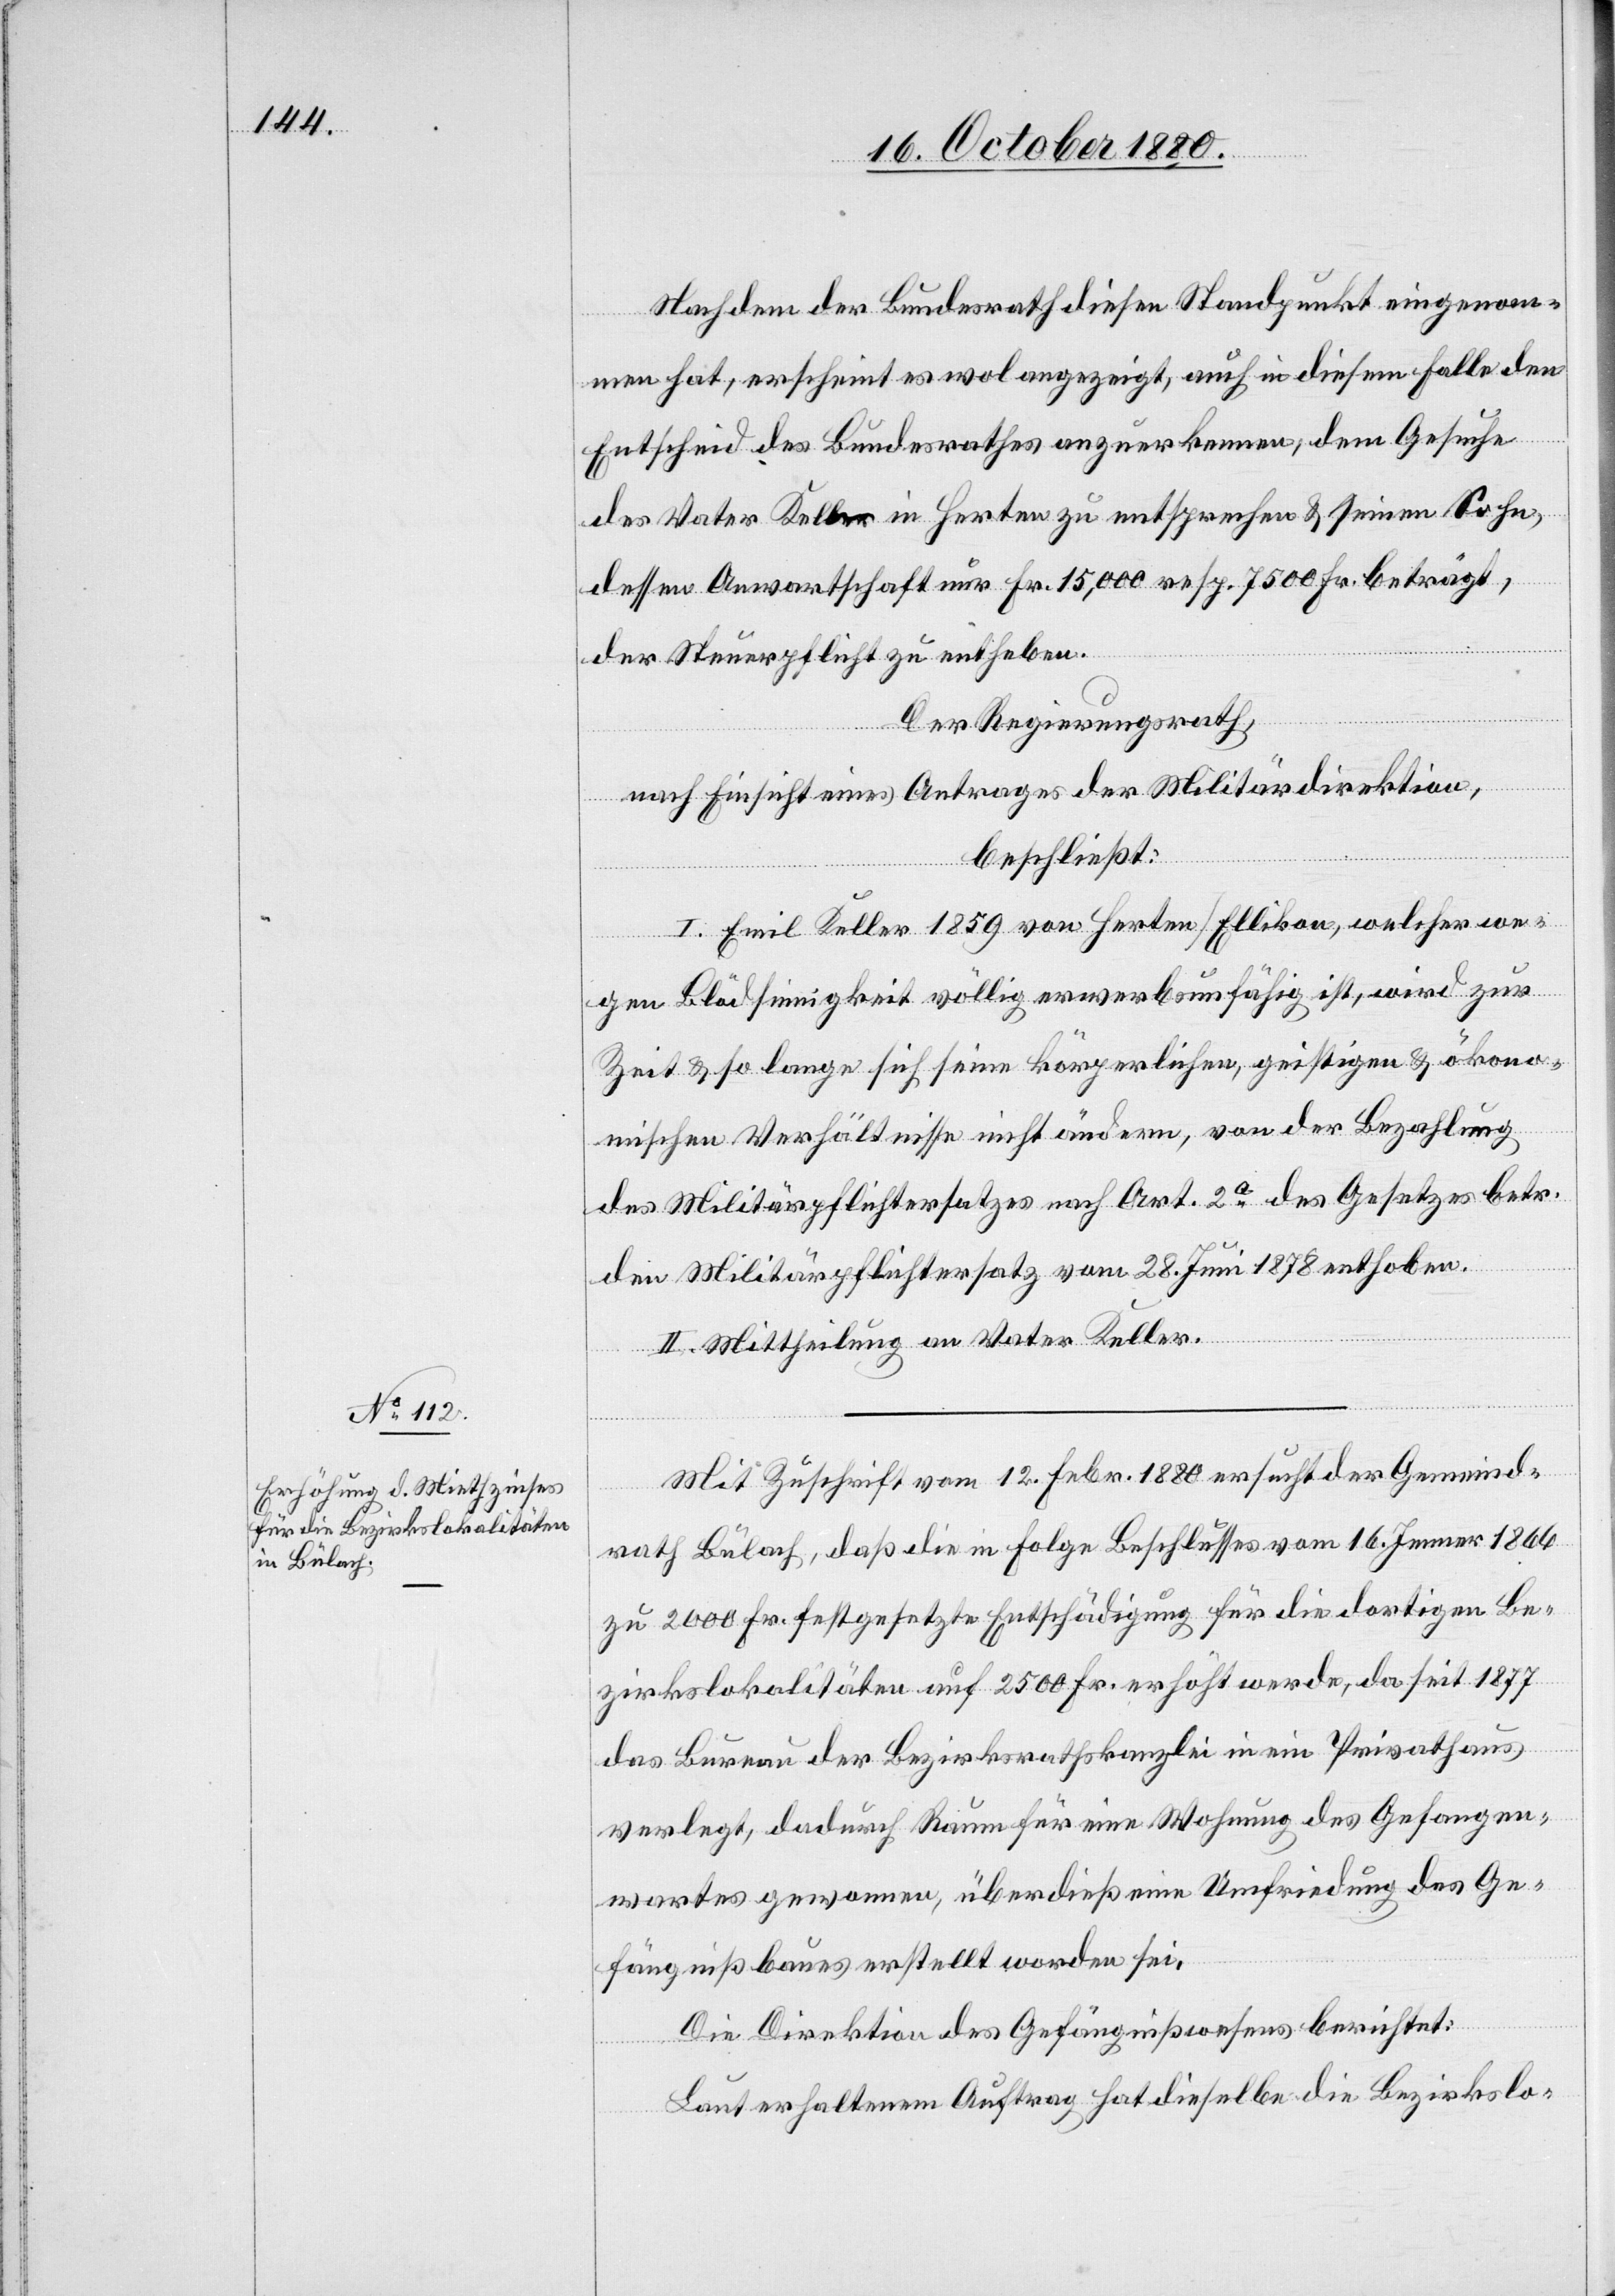
Nachdem der Bundesrath diesen Standpunkt eingenom¬
men hat, erscheint es wol angezeigt, auch in diesem Falle den
Entscheid des Bundesrathes anzuerkennen, dem Gesuche
des Vater Keller in Herten zu entsprechen & seinem Sohn,
dessen Anwartschaft nur Fr. 15,000 resp. 7500 Fr. beträgt,
der Steuerpflicht zu entheben.
Der Regierungsrath,
nach Einsicht eines Antrages der Militärdirektion,
beschließt:
I. Emil Keller 1859 von Herten Ellikon, welcher we¬
gen Blödsinnigkeit völlig erwerbsunfähig ist, wird zur
Zeit & so lange sich seine körperlichen, geistigen & ökono¬
mischen Verhältnisse nicht ändern, von der Bezahlung
des Militärpflichtersatzes nach Art 2a des Gesetzes betr.
den Militärpflichtersatz vom 28. Juni 1878 enthoben.
II. Mittheilung an Vater Keller.
Mit Zuschrift vom 12. Febr. 1880 ersucht der Gemeind¬
rath Bülach, daß die in Folge Beschlusses vom 16. Jenner 1866
zu 2000 Fr. festgesetzte Entschädigung für die dortigen Be¬
zirkslokalitäten auf 2500 Fr. erhöht werde, da seit 1877
das Bureau der Bezirksrathskanzlei in ein Privathaus
verlegt, dadurch Raum für eine Wohnung des Gefangen¬
wartes gewonnen, überdieß eine Umfriedung des Ge¬
fängnißbaues erstellt worden sei.
Die Direktion des Gefängnißwesens berichtet:
Laut erhaltenem Auftrag hat dieselbe die Bezirkslo-